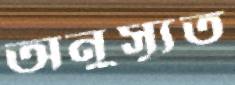
অনুস্যূত